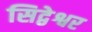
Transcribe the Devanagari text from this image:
सिद्वेश्वर